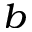
^ { b }